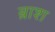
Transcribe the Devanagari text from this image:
ब्राश